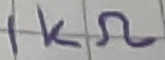
Text: 1KΩ